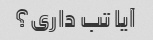
آیا تب داری؟